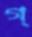
গ্